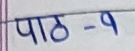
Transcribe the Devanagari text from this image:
पाठ - ९